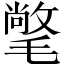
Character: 氅